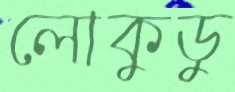
লোকুডু